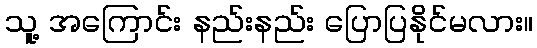
သူ့ အကြောင်း နည်းနည်း ပြောပြနိုင်မလား။